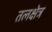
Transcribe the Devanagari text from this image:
तलक्षेत्र